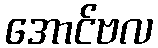
အောင်ဗလ